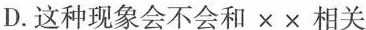
D.这种现象会不会和××相关